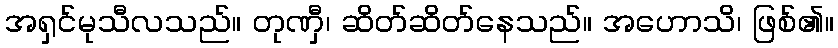
အရှင်မုသီလသည်။ တုဏှီ၊ ဆိတ်ဆိတ်နေသည်။ အဟောသိ၊ ဖြစ်၏။